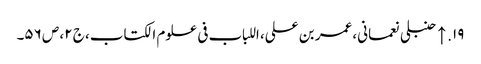
۱۹. ↑ حنبلی نعمانی، عمر بن علی، اللباب فی علوم الکتاب، ج ۲، ص ۵۶۔